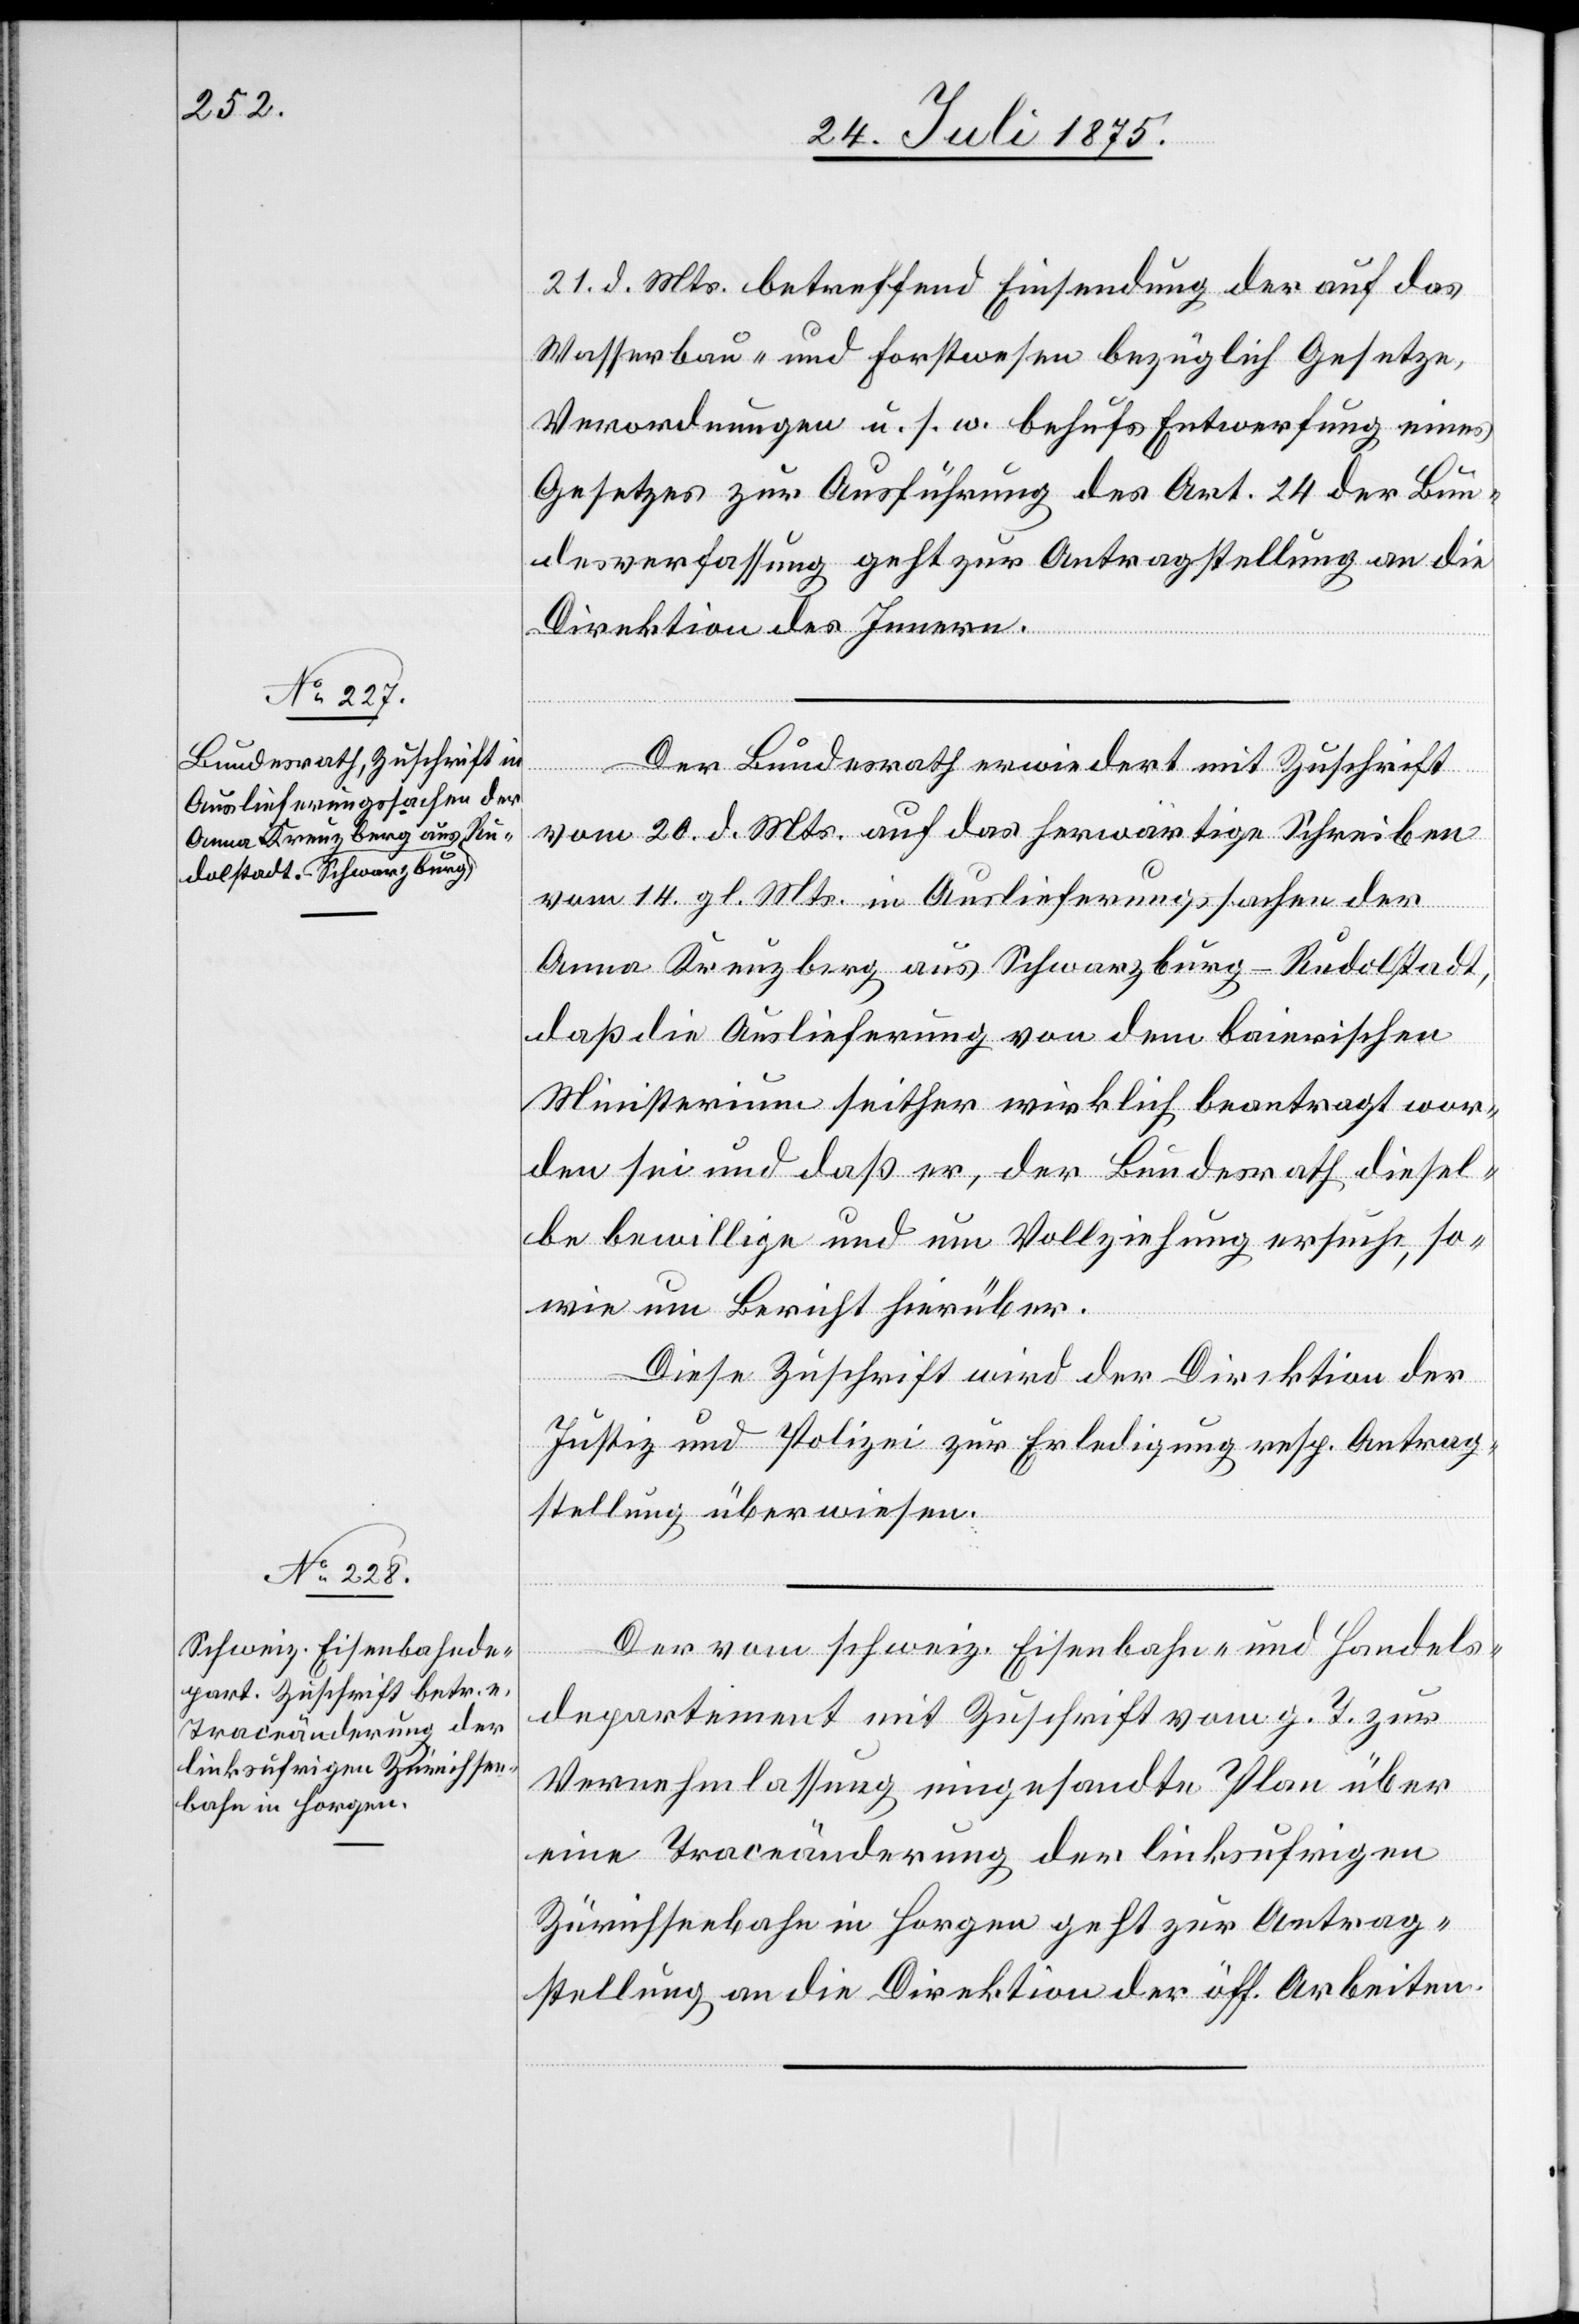
24. Juli 1875.]
21. d. Mts. betreffend Einsendung der auf das
Wasserbau- und Forstwesen bezüglich Gesetze,
Verordnungen u. s. w. behufs Entwerfung eines
Gesetzes zur Ausführung des Art. 24 der Bun¬
desverfassung geht zur Antragstellung an die
Direktion des Innern.
Der Bundesrath erwiedert mit Zuschrift
vom 20. d. Mts. auf das herwärtige Schreiben
vom 14. gl. Mts. in Auslieferungssachen der
Anna Kreuzberg aus Schwarzburg - Rudolfstadt,
daß die Auslieferung von dem bairischen
Ministerium seither wirklich beantragt wor¬
den sei und daß er, der Bundesrath diesel¬
be bewillige und um Vollziehung ersuche, so¬
wie um Bericht hierüber.
Diese Zuschrift wird der Direktion der
Justiz und Polizei zur Erledigung resp. Antrag¬
stellung überwiesen.
Der vom schweiz. Eisenbahn- und Handels¬
departement mit Zuschrift vom g. T. zur
Vernehmlassung eingesandte Plan über
eine Traceänderung der linksufrigen
Zürichseebahn in Horgen geht zur Antrag¬
stellung an die Direktion der öff. Arbeiten.